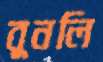
বুনলি